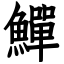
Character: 鱓